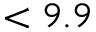
< 9 . 9